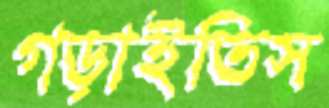
গড়াইতিস